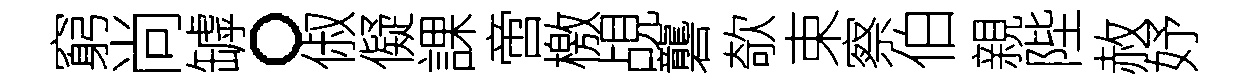
窮尚罅。俶儗課啻檄覘礱欹束察伯親陛赦妤